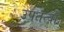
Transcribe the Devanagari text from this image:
उपतत्वों